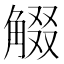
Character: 𧣸